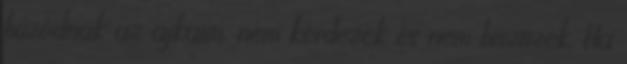
húzódnak az ajkaim, nem kérdezek és nem hisztizek. Ha